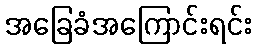
အခြေခံအကြောင်းရင်း